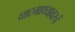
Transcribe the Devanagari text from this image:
घाटमाथ्यावरचं